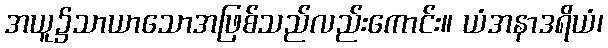
အယူ၌သာယာသောအဖြစ်သည်လည်းကောင်း။ ယံအနာဒရိယံ၊